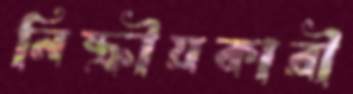
নিষ্ক্রীয়কারী